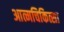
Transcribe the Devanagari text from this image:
आत्मचिकित्सा